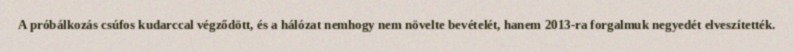
A próbálkozás csúfos kudarccal végződött, és a hálózat nemhogy nem növelte bevételét, hanem 2013-ra forgalmuk negyedét elveszítették.